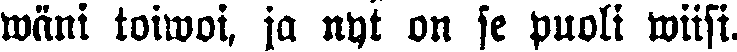
wäni toiwoi, ja nyt on se puoli wiisi.